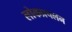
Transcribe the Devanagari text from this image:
लोकप्रचलन